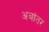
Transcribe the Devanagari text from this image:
अबांतर